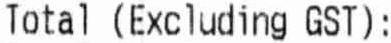
TOTAL (EXCLUDING GST):